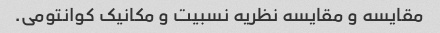
مقایسه و مقایسه نظریه نسبیت و مکانیک کوانتومی.